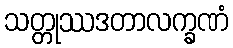
သတ္တုဿဒတာလက္ခဏံ